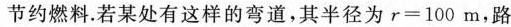
节约燃料.若某处有这样的弯道，其半径为$$r = 1 0 0 m$$，路